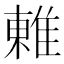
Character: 𨿢